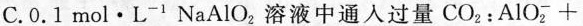
C. 0.1mol·L^{-1} NaAlO_{2} 溶液中通入过量CO_{2}：AlO_{2}^{-}+